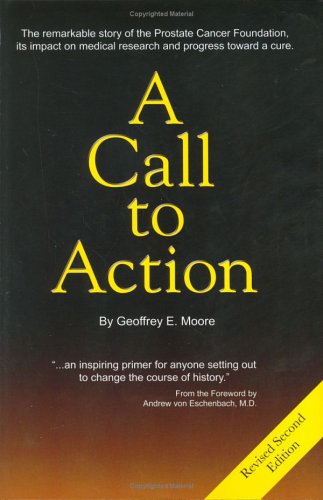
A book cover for A Call to Action; Geoffrey E. Moore; Health, Fitness & Dieting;